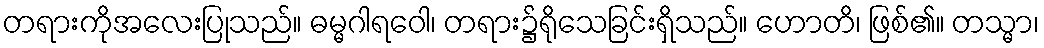
တရားကိုအလေးပြုသည်။ ဓမ္မဂါရဝေါ၊ တရား၌ရိုသေခြင်းရှိသည်။ ဟောတိ၊ ဖြစ်၏။ တသ္မာ၊